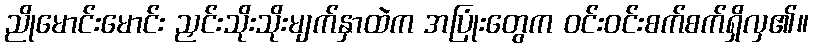
ညိုမောင်းမောင်း ညှင်းသိုးသိုးမျက်နှာထဲက အပြုံးတွေက ဝင်းဝင်းစက်စက်ရှိလှ၏။